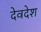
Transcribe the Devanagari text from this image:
देवदेश